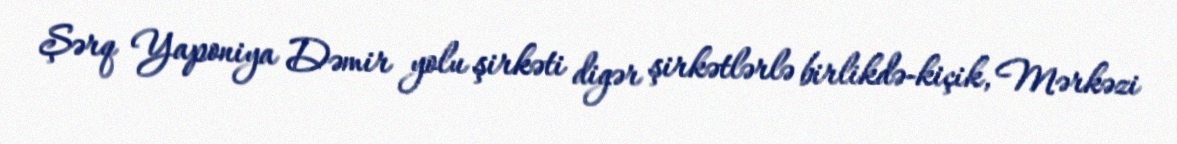
Şərq Yaponiya Dəmir yolu şirkəti digər şirkətlərlə birlikdə-kiçik, Mərkəzi